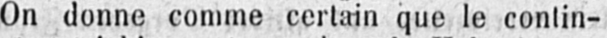
On donne comme certain que le contin-